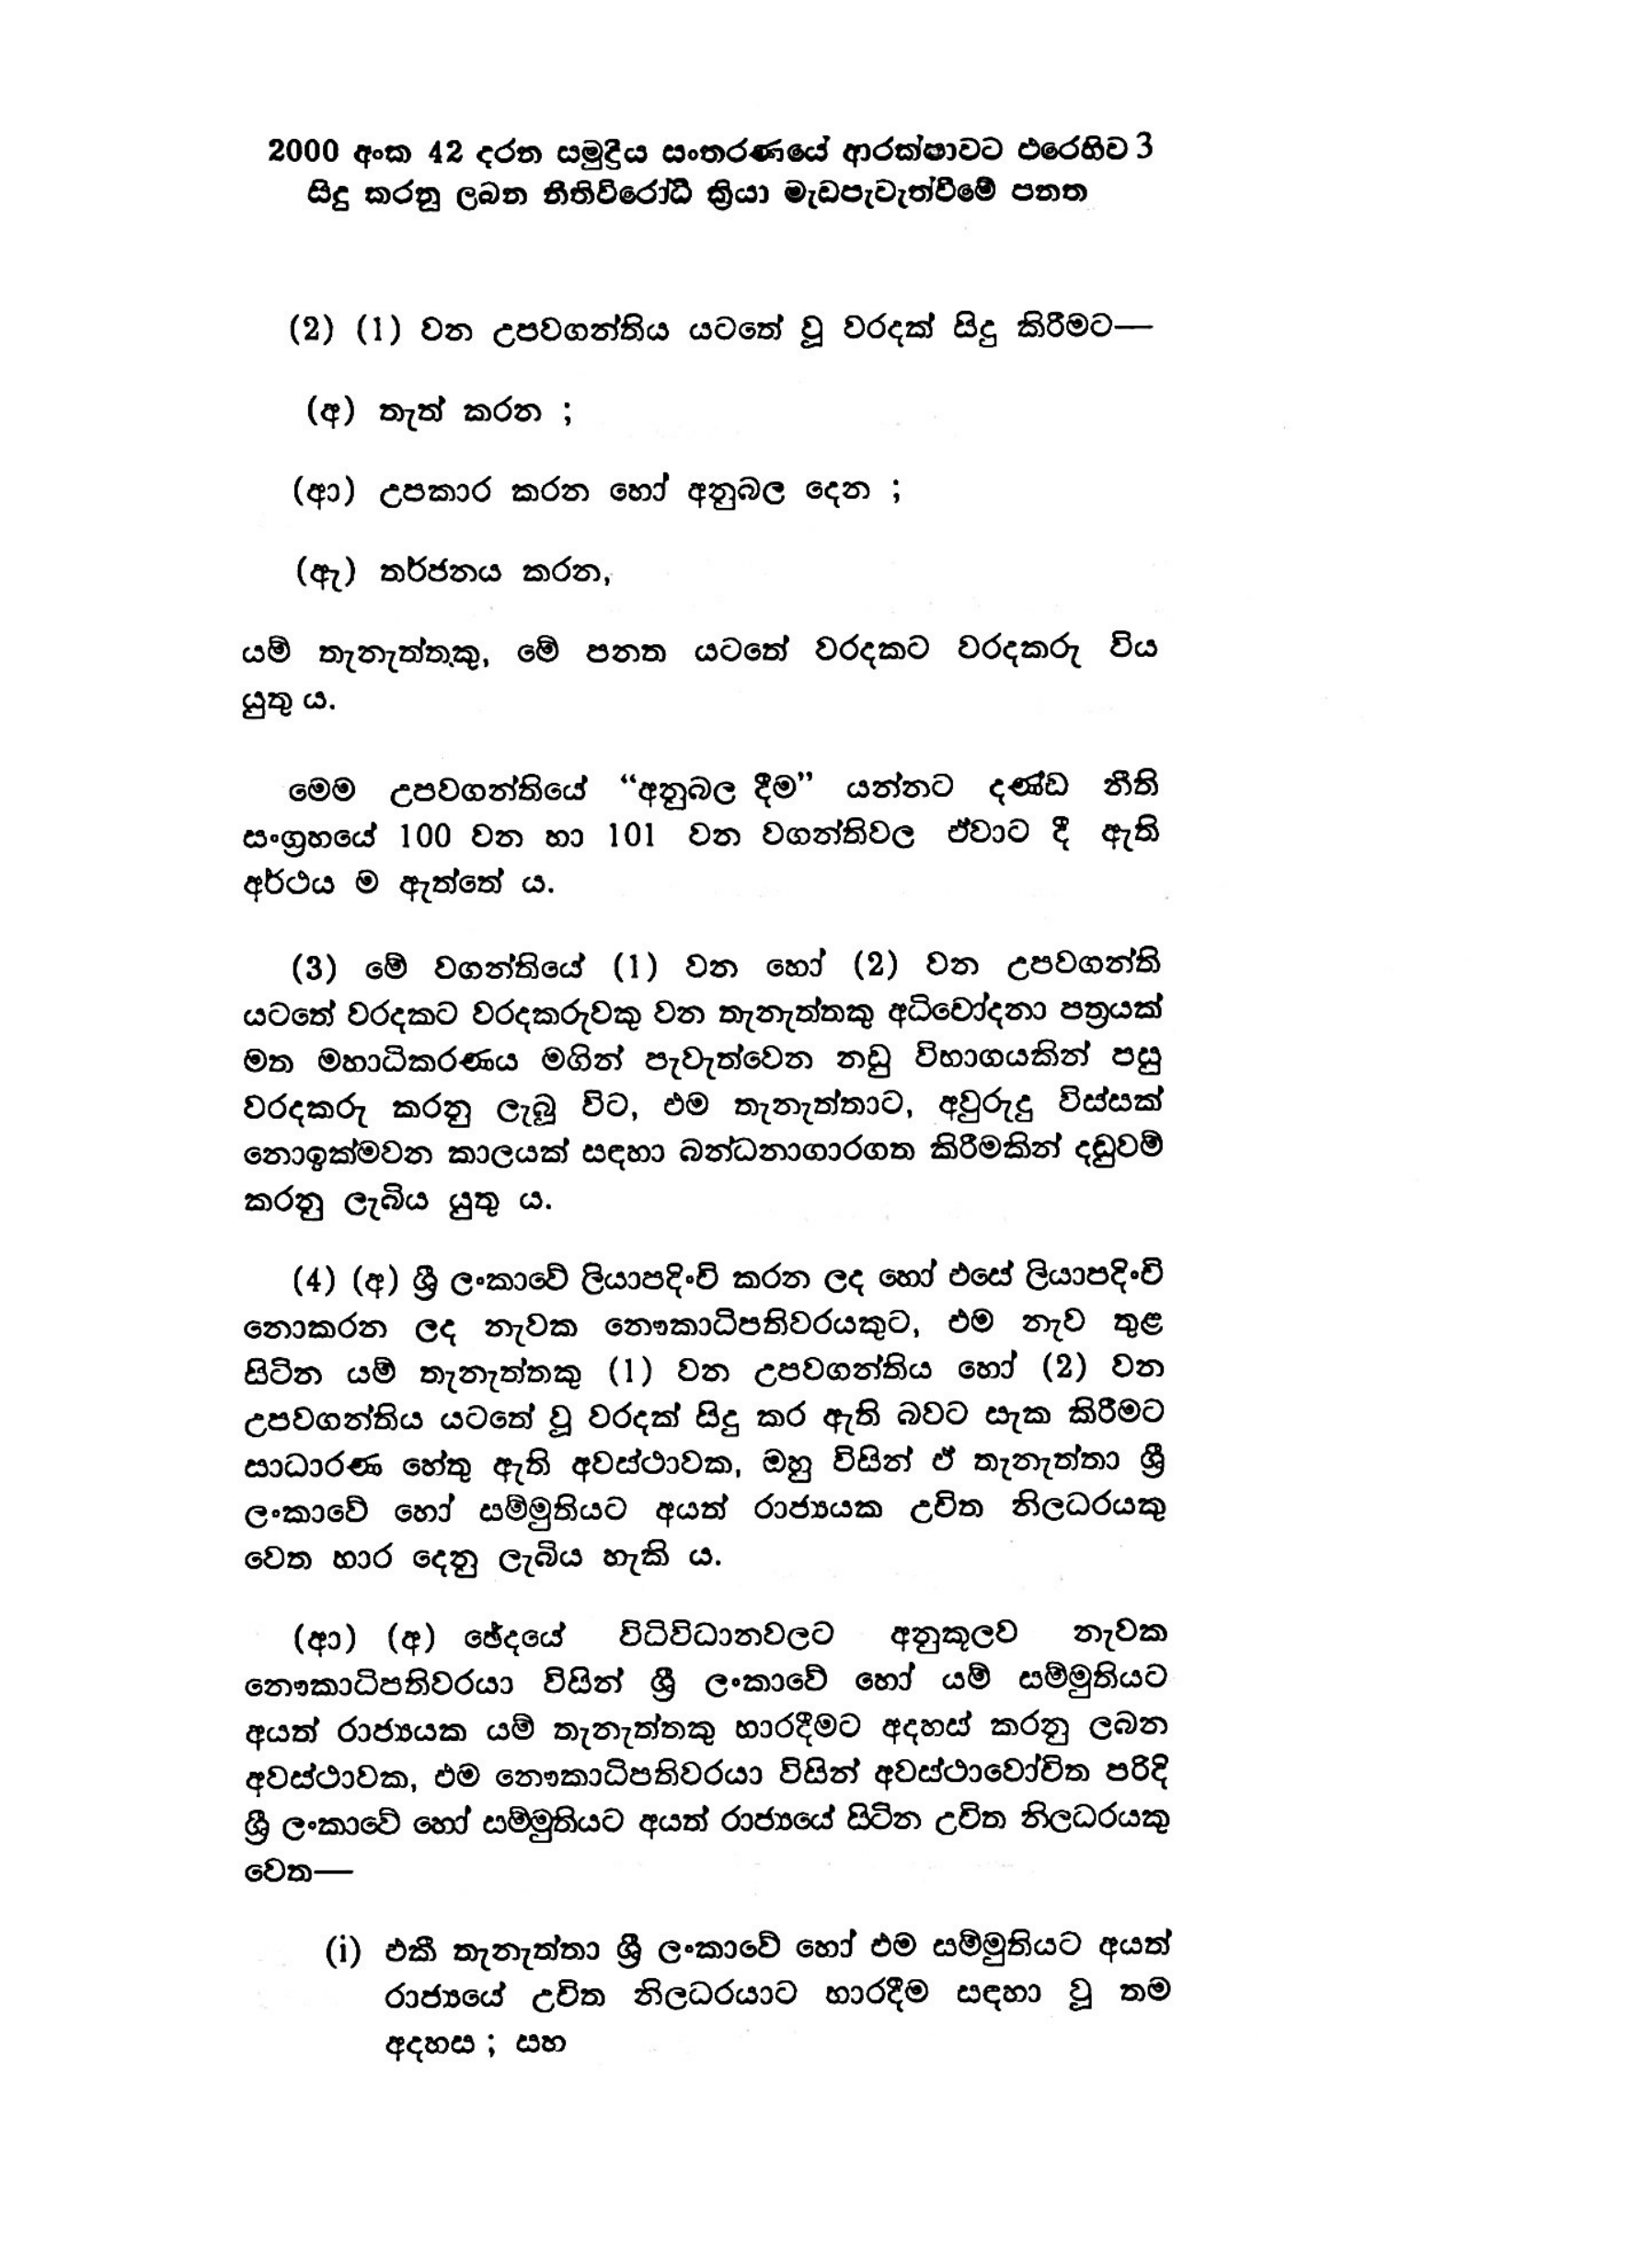
2000 අංක 42 දරන සමුද්‍රීය සංතරණයේ ආරක්ෂාවට එරෙහිව 3
සිදු කරනු ලබන නීති විරෝධී ක්‍රියා මැඩ පැවැත්වීමේ පනත

(2) (1) වන උපවගන්තිය යටතේ වූ වරදක් සිදු කිරීමට—

(අ) තැත් කරන ;

(ආ) උපකාර කරන හෝ අනුබල දෙන ;

(ඇ) තර්ජනය කරන,

යම් තැනැත්තකු, මේ පනත යටතේ වරදකට වරදකරු විය
යුතු ය.

මෙම උපවගන්තියේ " අනුබල දීම" යන්නට දණ්ඩ නීති
සංග්‍රහයේ 100 වන හා 101 වන වගන්තිවල ඒවාට දී ඇති
අර්ථය ම ඇත්තේය.

( 3 ) මේ වගන්තියේ (1) වන හෝ (2) වන උපවගන්ති
යටතේ වරදකට වරදකරුවකු වන තැනැත්තකු අධිචෝදනා පත්‍රයක්
මත මහාධිකරණය මගින් පැවැත්වෙන නඩු විභාගයකින් පසු
වරදකරු කරනු ලැබූ විට, එම තැනැත්තාට, අවුරුදු විස්සක්
නොඉක්මවන කාලයක් සඳහා බන්ධනාගාරගත කිරීමකින් දඩුවම්
කරනු ලැබිය යුතු ය.

(4) (අ) ශ්‍රී ලංකාවේ ලියාපදිංචි කරන ලද හෝ එසේ ලියාපදිංචි
නොකරන ලද නැවක නෞකාධිපතිවරයකුට, එම නැව තුළ
සිටින යම් තැනැත්තකු (1) වන උපවගන්තිය හෝ (2) වන
උපවගන්තිය යටතේ වූ වරදක් සිදු කර ඇති බවට සැක කිරීමට
සාධාරණ හේතු ඇති අවස්ථාවක, ඔහු විසින් ඒ තැනැත්තා ශ්‍රී
ලංකාවේ හෝ සම්මුතියට අයත් රාජ්‍යයක උචිත නිලධරයකු
වෙත භාර දෙනු ලැබිය හැකි ය.

(ආ) (අ) ඡේදයේ විධිවිධානවලට අනුකූලව නැවක
නෞකාධිපතිවරයා විසින් ශ්‍රී ලංකාවේ හෝ යම් සම්මුතියට
අයත් රාජ්‍යයක යම් තැනැත්තකු භාරදීමට අදහස් කරනු ලබන
අවස්ථාවක, එම නෞකාධිපතිවරයා විසින් අවස්ථාවෝචිත පරිදි
ශ්‍රී ලංකාවේ හෝ සම්මුතියට අයත් රාජ්‍යයේ සිටින උචිත නිලධරයකු
වෙත -

(i) ඵකී තැනැත්තා ශ්‍රී ලංකාවේ හෝ එම සම්මුතියට අයත්
රාජ්‍යයේ උචිත නිලධරයාට භාරදීම සඳහා වූ තම
අදහස; සහ